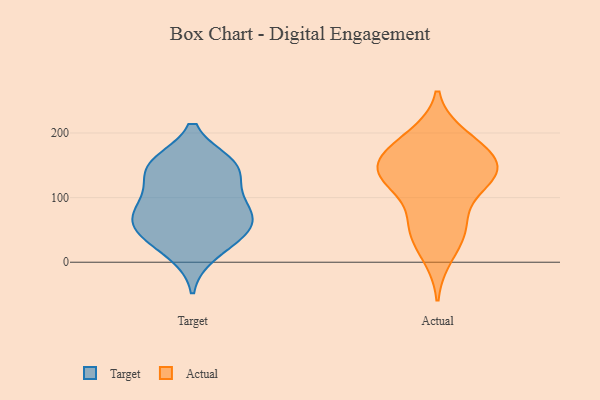
{"axis": {"x": "LTV (USD)", "y": "Value"}, "legend": ["Actual", "Target"], "data": [{"x": "", "y": 150, "type": "Target"}, {"x": "", "y": 99, "type": "Target"}, {"x": "", "y": 152, "type": "Target"}, {"x": "", "y": 92, "type": "Target"}, {"x": "", "y": 61, "type": "Target"}, {"x": "", "y": 145, "type": "Target"}, {"x": "", "y": 144, "type": "Target"}, {"x": "", "y": 76, "type": "Target"}, {"x": "", "y": 40, "type": "Target"}, {"x": "", "y": 62, "type": "Target"}, {"x": "", "y": 46, "type": "Target"}, {"x": "", "y": 14, "type": "Target"}, {"x": "", "y": 144, "type": "Actual"}, {"x": "", "y": 11, "type": "Actual"}, {"x": "", "y": 52, "type": "Actual"}, {"x": "", "y": 194, "type": "Actual"}, {"x": "", "y": 123, "type": "Actual"}, {"x": "", "y": 157, "type": "Actual"}, {"x": "", "y": 50, "type": "Actual"}, {"x": "", "y": 144, "type": "Actual"}, {"x": "", "y": 61, "type": "Actual"}, {"x": "", "y": 179, "type": "Actual"}, {"x": "", "y": 124, "type": "Actual"}, {"x": "", "y": 183, "type": "Actual"}, {"x": "", "y": 133, "type": "Actual"}, {"x": "", "y": 140, "type": "Actual"}]}